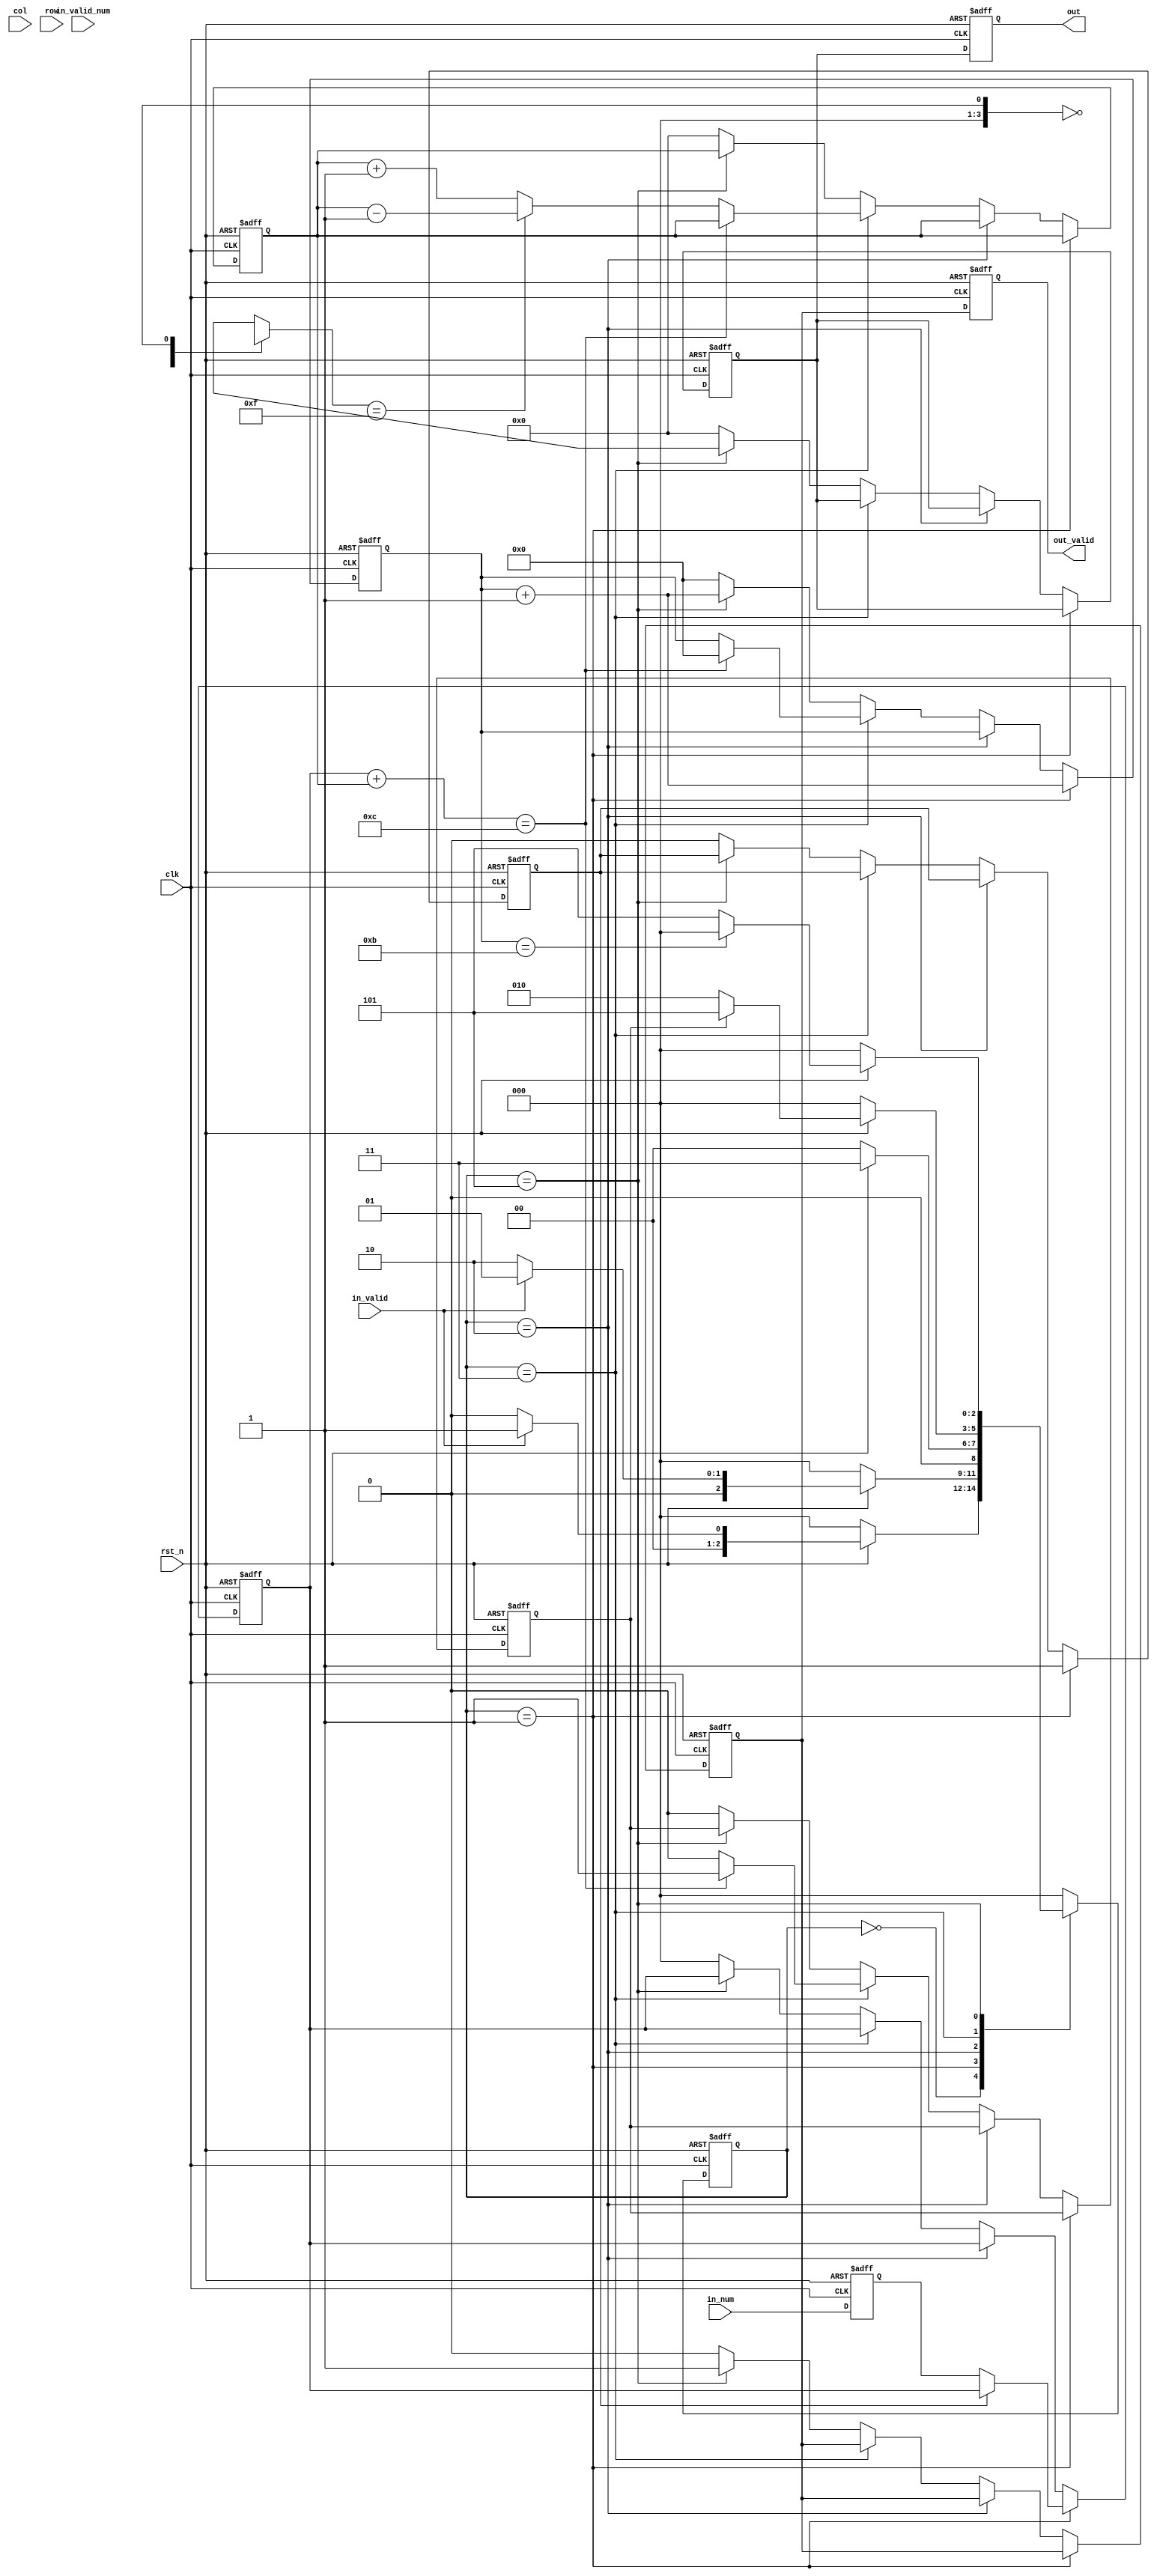
module QUEEN(
    //Input Port
    clk,
    rst_n,

    in_valid,
    col,
    row,

    in_valid_num,
    in_num,

    out_valid,
    out,

    );

input               clk, rst_n, in_valid,in_valid_num;
input       [3:0]   col,row;
input       [2:0]   in_num;

output reg          out_valid;
output reg  [3:0]   out;

//==============================================//
//             Parameter and Integer            //
//==============================================//

parameter idle = 3'd0;
parameter init = 3'd1;
parameter dots = 3'd2;
parameter find = 3'd3;
parameter over = 3'd5;

//==============================================//
//                 reg declaration              //
//==============================================//

reg [2:0] cst, nst;
reg [11:0] mdot [11:0]; // dot map
reg rfok; // state find ok 1: go dots, 2: go back, 3: go over;
reg rinok; // if input number is fix
reg bakf;
reg [31:0] r0;
reg [3:0] ricol;
reg [3:0] rirow;
reg [2:0] rinum;
reg roval;
reg [3:0] roout;
reg [3:0] icol [5:0]; // input data
reg [3:0] irow [5:0];
reg [2:0] inum; // input number
reg [3:0] pcol [10:0]; // position
reg [3:0] prow [10:0];
reg [3:0] pnum; // position counter
reg [3:0] rdot [11:0]; // additional dots 
wire [3:0] w0 [11:0];
wire [3:0] wfz;
wire [23:0] wicol;
wire [23:0] wirow;
wire [43:0] wpcol;
wire [43:0] wprow;
wire [47:0] wrdot;
wire [3:0] wrtoo [11:0];
wire [3:0] wover;
wire [3:0] wpnso;

//==============================================//
//            FSM State Declaration             //
//==============================================//
//current_state

//next_state

always @(posedge clk or negedge rst_n) begin
    if(!rst_n) begin
        cst <= idle; // reset everything
        ricol <= 4'b0;
        rirow <= 4'b0;
        rinum <= 3'b0;
        out_valid <= 1'b0;
        out <= 4'b0;
    end
    else begin
        cst <= nst;
        ricol <= col;
        rirow <= row;
        rinum <= in_num;
        out_valid <= roval;
        out <= roout;
    end
end

always @(*) begin
    case(cst)
    idle:
    if(!rst_n) begin
        nst <= idle;
    end
    else if(in_valid) begin
        nst <= init;
    end
    else begin
        nst <= idle;
    end

    init:
    if(!rst_n) begin
        nst <= idle;
    end
    else if(in_valid) begin
        nst <= init;
    end
    else begin
        nst <= dots;
    end

    dots:
    if(!rst_n) begin
        nst <= idle;
    end
    else begin
        nst <= find;
    end

    find:
    if(!rst_n) begin
        nst <= idle;
    end
    else if(rfok) begin 
        nst <= over;
    end
    else begin
        nst <= dots;
    end

    over:
    if(!rst_n) begin
        nst <= idle;
    end
    else if(r0 == 4'd11) begin
        nst <= idle;
    end
    else begin
        nst <= over;
    end

    default:
    nst <= idle;
    endcase
end

always @(posedge clk or negedge rst_n) begin
    if(!rst_n) begin
        mdot[0] <= 12'b0; mdot[1] <= 12'b0; mdot[2] <= 12'b0; mdot[3] <= 12'b0;
        mdot[4] <= 12'b0; mdot[5] <= 12'b0; mdot[6] <= 12'b0; mdot[7] <= 12'b0;
        mdot[8] <= 12'b0; mdot[9] <= 12'b0; mdot[10] <= 12'b0; mdot[11] <= 12'b0;
        rfok <= 1'b0;
        rinok <= 1'b0;
        bakf <= 1'b0;
        r0 <= 32'b0;
        icol[0] <= 4'd15; icol[1] <= 4'd15; icol[2] <= 4'd15;
        icol[3] <= 4'd15; icol[4] <= 4'd15; icol[5] <= 4'd15;
        irow[0] <= 4'd15; irow[1] <= 4'd15; irow[2] <= 4'd15;
        irow[3] <= 4'd15; irow[4] <= 4'd15; irow[5] <= 4'd15;
        inum <= 3'b0;
        pcol[0] <= 4'd15; pcol[1] <= 4'd15; pcol[2] <= 4'd15; pcol[3] <= 4'd15;
        pcol[4] <= 4'd15; pcol[5] <= 4'd15; pcol[6] <= 4'd15; pcol[7] <= 4'd15;
        pcol[8] <= 4'd15; pcol[9] <= 4'd15; pcol[10] <= 4'd15;
        prow[0] <= 4'd15; prow[1] <= 4'd15; prow[2] <= 4'd15; prow[3] <= 4'd15;
        prow[4] <= 4'd15; prow[5] <= 4'd15; prow[6] <= 4'd15; prow[7] <= 4'd15;
        prow[8] <= 4'd15; prow[9] <= 4'd15; prow[10] <= 4'd15;
        pnum <= 4'b0;
        rdot[0] <= 4'b0; rdot[1] <= 4'b0; rdot[2] <= 4'b0; rdot[3] <= 4'b0;
        rdot[4] <= 4'b0; rdot[5] <= 4'b0; rdot[6] <= 4'b0; rdot[7] <= 4'b0;
        rdot[8] <= 4'b0; rdot[9] <= 4'b0; rdot[10] <= 4'b0; rdot[11] <= 4'b0;
        roval <= 1'b0;
        roout <= 4'b0;
    end
    else if(cst == init) begin
        if(rinok) ;
        else begin
            inum <= rinum;
            r0 <= 32'd0;
            rinok <= 1'b1;
        end
        icol[r0] <= ricol;
        irow[r0] <= rirow;
        r0 <= r0 + 32'd1;
    end
    else if(cst == dots) begin
        mdot[0] <= rtom0.wout[11:0];
        mdot[1] <= rtom0.wout[23:12];
        mdot[2] <= rtom0.wout[35:24];
        mdot[3] <= rtom0.wout[47:36];
        mdot[4] <= rtom0.wout[59:48];
        mdot[5] <= rtom0.wout[71:60];
        mdot[6] <= rtom0.wout[83:72];
        mdot[7] <= rtom0.wout[95:84];
        mdot[8] <= rtom0.wout[107:96];
        mdot[9] <= rtom0.wout[119:108];
        mdot[10] <= rtom0.wout[131:120];
        mdot[11] <= rtom0.wout[143:132];
    end
    else if(cst == find) begin
        if(wover == 4'd12) begin
                r0 <= 32'd0;
                rfok <= 1'b1;
        end
        else if(wfz == 4'd15) begin
            rdot[pcol[wpnso]] <= (rdot[pcol[wpnso]] + 4'b1);
            rdot[pcol[pnum]] <= (bakf)?4'b0:rdot[pcol[pnum]];
            pnum <= wpnso;
            bakf <= 1'b1;
            rfok <= 1'b0;
        end
        else begin
            pcol[pnum] <= fz0.n0;
            prow[pnum] <= wfz;
            pnum <= pnum + 1;
            rfok <= 1'b0;
            bakf <= 1'b0;
        end
    end
    else if (cst == over) begin
        roval <= 1'b1;
        r0 <= r0 + 32'b1;
        roout <= wrtoo[r0];
    end
    else begin
        rfok <= 1'b0;
        rinok <= 1'b0;
        bakf <= 1'b0;
        r0 <= 32'b0;
        icol[0] <= 4'd15; icol[1] <= 4'd15; icol[2] <= 4'd15;
        icol[3] <= 4'd15; icol[4] <= 4'd15; icol[5] <= 4'd15;
        irow[0] <= 4'd15; irow[1] <= 4'd15; irow[2] <= 4'd15;
        irow[3] <= 4'd15; irow[4] <= 4'd15; irow[5] <= 4'd15;
        inum <= 3'b0;
        pcol[0] <= 4'd15; pcol[1] <= 4'd15; pcol[2] <= 4'd15; pcol[3] <= 4'd15;
        pcol[4] <= 4'd15; pcol[5] <= 4'd15; pcol[6] <= 4'd15; pcol[7] <= 4'd15;
        pcol[8] <= 4'd15; pcol[9] <= 4'd15; pcol[10] <= 4'd15;
        prow[0] <= 4'd15; prow[1] <= 4'd15; prow[2] <= 4'd15; prow[3] <= 4'd15;
        prow[4] <= 4'd15; prow[5] <= 4'd15; prow[6] <= 4'd15; prow[7] <= 4'd15;
        prow[8] <= 4'd15; prow[9] <= 4'd15; prow[10] <= 4'd15;
        pnum <= 4'b0;
        rdot[0] <= 4'b0; rdot[1] <= 4'b0; rdot[2] <= 4'b0; rdot[3] <= 4'b0;
        rdot[4] <= 4'b0; rdot[5] <= 4'b0; rdot[6] <= 4'b0; rdot[7] <= 4'b0;
        rdot[8] <= 4'b0; rdot[9] <= 4'b0; rdot[10] <= 4'b0; rdot[11] <= 4'b0;
        roval <= 1'b0;
        roout <= 4'b0;
    end
end

//==============================================//
//                  Input Block                 //
//==============================================//

ptom rtom0(.wicol(wicol), .wirow(wirow), .inum(inum), .wpcol(wpcol), .wprow(wprow), .pnum(pnum), .wrdot(wrdot), .wout());
ptor ptor0(.wicol(wicol), .inum(inum), .wpcol(wpcol), .pnum(pnum), .rcol());
fz fz0(.rc(ptor0.rcol), .n0());
genvar i10;
generate
    for(i10 = 0; i10 < 12; i10 = i10+1) begin: fl10
        fz fz1(.rc(mdot[i10]), .n0());
        assign w0[i10] = fz1.n0;
    end
endgenerate
assign wfz = w0[fz0.n0];
ptoo rtoo0(.wicol(wicol), .wirow(wirow), .inum(inum), .wpcol(wpcol), .wprow(wprow), .pnum(pnum), .wout());
assign wicol[3:0]   = icol[0]; assign wicol[7:4]   = icol[1]; assign wicol[11:8]  = icol[2];
assign wicol[15:12] = icol[3]; assign wicol[19:16] = icol[4]; assign wicol[23:20] = icol[5];
assign wirow[3:0]   = irow[0]; assign wirow[7:4]   = irow[1]; assign wirow[11:8]  = irow[2];
assign wirow[15:12] = irow[3]; assign wirow[19:16] = irow[4]; assign wirow[23:20] = irow[5];
assign wpcol[3:0]   = pcol[0]; assign wpcol[7:4]   = pcol[1]; assign wpcol[11:8]  = pcol[2]; assign wpcol[15:12] = pcol[3];
assign wpcol[19:16] = pcol[4]; assign wpcol[23:20] = pcol[5]; assign wpcol[27:24] = pcol[6]; assign wpcol[31:28] = pcol[7];
assign wpcol[35:32] = pcol[8]; assign wpcol[39:36] = pcol[9]; assign wpcol[43:40] = pcol[10];
assign wprow[3:0]   = prow[0]; assign wprow[7:4]   = prow[1]; assign wprow[11:8]  = prow[2]; assign wprow[15:12] = prow[3];
assign wprow[19:16] = prow[4]; assign wprow[23:20] = prow[5]; assign wprow[27:24] = prow[6]; assign wprow[31:28] = prow[7];
assign wprow[35:32] = prow[8]; assign wprow[39:36] = prow[9]; assign wprow[43:40] = prow[10];
assign wrdot[3:0]   = rdot[0]; assign wrdot[7:4]   = rdot[1]; assign wrdot[11:8]  = rdot[2]; assign wrdot[15:12] = rdot[3];
assign wrdot[19:16] = rdot[4]; assign wrdot[23:20] = rdot[5]; assign wrdot[27:24] = rdot[6]; assign wrdot[31:28] = rdot[7];
assign wrdot[35:32] = rdot[8]; assign wrdot[39:36] = rdot[9]; assign wrdot[43:40] = rdot[10]; assign wrdot[47:44] = rdot[11];
assign wrtoo[0] = rtoo0.wout[3:0]; assign wrtoo[1] =   rtoo0.wout[7:4]; assign wrtoo[2] =  rtoo0.wout[11:8]; assign wrtoo[3] = rtoo0.wout[15:12];
assign wrtoo[4] = rtoo0.wout[19:16]; assign wrtoo[5] = rtoo0.wout[23:20]; assign wrtoo[6] = rtoo0.wout[27:24]; assign wrtoo[7] = rtoo0.wout[31:28];
assign wrtoo[8] = rtoo0.wout[35:32]; assign wrtoo[9] = rtoo0.wout[39:36]; assign wrtoo[10] = rtoo0.wout[43:40]; assign wrtoo[11] = rtoo0.wout[47:44];
assign wover = {1'b0, inum} + pnum;
assign wpnso = pnum - 4'b1;
//GOOD LUCKY

endmodule 

module fz(rc, n0);
input wire [11:0] rc;
output reg [3:0] n0;

always @(*) begin
if(!rc[0])      n0 <= 4'd0;
else if(!rc[1]) n0 <= 4'd1;
else if(!rc[2]) n0 <= 4'd2;
else if(!rc[3]) n0 <= 4'd3;
else if(!rc[4]) n0 <= 4'd4;
else if(!rc[5]) n0 <= 4'd5;
else if(!rc[6]) n0 <= 4'd6;
else if(!rc[7]) n0 <= 4'd7;
else if(!rc[8]) n0 <= 4'd8;
else if(!rc[9]) n0 <= 4'd9;
else if(!rc[10]) n0 <= 4'd10;
else if(!rc[11]) n0 <= 4'd11;
else            n0 <= 4'd15;
end
endmodule

module ptor(wicol, inum, wpcol, pnum, rcol);
input wire [23:0] wicol;
input wire [43:0] wpcol;
input wire [2:0] inum;
input wire [3:0] pnum;
output wire [11:0] rcol;

wire [6:0] w0;
wire [11:0] w1;
wire [3:0] icol [5:0];
wire [3:0] pcol [10:0];
assign w0 = (7'b1 << inum) - 1; // decode
assign w1 = (11'b1 << pnum) - 1;
assign icol[0] =   wicol[3:0]; assign icol[1] =   wicol[7:4]; assign icol[2] =  wicol[11:8];
assign icol[3] = wicol[15:12]; assign icol[4] = wicol[19:16]; assign icol[5] = wicol[23:20];
assign pcol[0] =   wpcol[3:0]; assign pcol[1] =   wpcol[7:4]; assign pcol[2] =  wpcol[11:8]; assign pcol[3] = wpcol[15:12];
assign pcol[4] = wpcol[19:16]; assign pcol[5] = wpcol[23:20]; assign pcol[6] = wpcol[27:24]; assign pcol[7] = wpcol[31:28];
assign pcol[8] = wpcol[35:32]; assign pcol[9] = wpcol[39:36]; assign pcol[10] = wpcol[43:40];
genvar i0, i1, i2;
generate
    for(i0 = 0; i0 < 12; i0 = i0+1) begin: ptor_fl0
        wire [5:0] w2;
        wire [10:0] w3;
        for(i1 = 0; i1 < 6; i1 = i1+1) begin: ptor_fl1
            assign w2[i1] = (icol[i1] == i0) && w0[i1];
        end
        for(i2 = 0; i2 < 11; i2 = i2+1) begin: ptor_fl2
            assign w3[i2] = (pcol[i2] == i0) && w1[i2];
        end
        assign rcol[i0] = w2[0]||w2[1]||w2[2]||w2[3]||w2[4]||w2[5]||w3[0]||w3[1]||w3[2]||w3[3]||w3[4]||w3[5]||w3[6]||w3[7]||w3[8]||w3[9]||w3[10];
    end
endgenerate
endmodule

module ptoo(wicol, wirow, inum, wpcol, wprow, pnum, wout);
input wire [23:0] wirow, wicol;
input wire [43:0] wprow, wpcol;
input wire [2:0] inum;
input wire [3:0] pnum;
output wire [47:0] wout;

wire [3:0] icol [5:0];
wire [3:0] irow [5:0];
wire [3:0] pcol [10:0];
wire [3:0] prow [10:0];
wire [3:0] rout [11:0];
assign icol[0] =   wicol[3:0]; assign icol[1] =   wicol[7:4]; assign icol[2] =  wicol[11:8];
assign icol[3] = wicol[15:12]; assign icol[4] = wicol[19:16]; assign icol[5] = wicol[23:20];
assign irow[0] =   wirow[3:0]; assign irow[1] =   wirow[7:4]; assign irow[2] =  wirow[11:8];
assign irow[3] = wirow[15:12]; assign irow[4] = wirow[19:16]; assign irow[5] = wirow[23:20];
assign pcol[0] =   wpcol[3:0]; assign pcol[1] =   wpcol[7:4]; assign pcol[2] =  wpcol[11:8]; assign pcol[3] = wpcol[15:12];
assign pcol[4] = wpcol[19:16]; assign pcol[5] = wpcol[23:20]; assign pcol[6] = wpcol[27:24]; assign pcol[7] = wpcol[31:28];
assign pcol[8] = wpcol[35:32]; assign pcol[9] = wpcol[39:36]; assign pcol[10] = wpcol[43:40];
assign prow[0] =   wprow[3:0]; assign prow[1] =   wprow[7:4]; assign prow[2] =  wprow[11:8]; assign prow[3] = wprow[15:12];
assign prow[4] = wprow[19:16]; assign prow[5] = wprow[23:20]; assign prow[6] = wprow[27:24]; assign prow[7] = wprow[31:28];
assign prow[8] = wprow[35:32]; assign prow[9] = wprow[39:36]; assign prow[10] = wprow[43:40];
assign wout[3:0]   = rout[0]; assign wout[7:4]   = rout[1]; assign wout[11:8]  = rout[2]; assign wout[15:12] = rout[3];
assign wout[19:16] = rout[4]; assign wout[23:20] = rout[5]; assign wout[27:24] = rout[6]; assign wout[31:28] = rout[7];
assign wout[35:32] = rout[8]; assign wout[39:36] = rout[9]; assign wout[43:40] = rout[10]; assign wout[47:44] = rout[11];
wire [6:0] w0;
wire [11:0] w1;
reg [11:0] m0 [11:0];
assign w0 = (7'b1 << inum) - 1; // decode
assign w1 = (11'b1 << pnum) - 1;
genvar i3, i4;
generate
    for(i3 = 0; i3 < 12; i3 = i3+1) begin: rtoo_fl3
        wire [3:0] wm [11:0];
        for(i4 = 0; i4 < 12; i4 = i4+1) begin: rtoo_fl4
            always @(*) begin
            if     (i3 == icol[0] && i4 == irow[0] && w0[0]) m0[i3][i4] <= 1'b1;
            else if(i3 == icol[1] && i4 == irow[1] && w0[1]) m0[i3][i4] <= 1'b1;
            else if(i3 == icol[2] && i4 == irow[2] && w0[2]) m0[i3][i4] <= 1'b1;
            else if(i3 == icol[3] && i4 == irow[3] && w0[3]) m0[i3][i4] <= 1'b1;
            else if(i3 == icol[4] && i4 == irow[4] && w0[4]) m0[i3][i4] <= 1'b1;
            else if(i3 == icol[5] && i4 == irow[5] && w0[5]) m0[i3][i4] <= 1'b1;
            else if(i3 == pcol[0] && i4 == prow[0] && w1[0]) m0[i3][i4] <= 1'b1;
            else if(i3 == pcol[1] && i4 == prow[1] && w1[1]) m0[i3][i4] <= 1'b1;
            else if(i3 == pcol[2] && i4 == prow[2] && w1[2]) m0[i3][i4] <= 1'b1;
            else if(i3 == pcol[3] && i4 == prow[3] && w1[3]) m0[i3][i4] <= 1'b1;
            else if(i3 == pcol[4] && i4 == prow[4] && w1[4]) m0[i3][i4] <= 1'b1;
            else if(i3 == pcol[5] && i4 == prow[5] && w1[5]) m0[i3][i4] <= 1'b1;
            else if(i3 == pcol[6] && i4 == prow[6] && w1[6]) m0[i3][i4] <= 1'b1;
            else if(i3 == pcol[7] && i4 == prow[7] && w1[7]) m0[i3][i4] <= 1'b1;
            else if(i3 == pcol[8] && i4 == prow[8] && w1[8]) m0[i3][i4] <= 1'b1;
            else if(i3 == pcol[9] && i4 == prow[9] && w1[9]) m0[i3][i4] <= 1'b1;
            else if(i3 == pcol[10] && i4 == prow[10] && w1[10]) m0[i3][i4] <= 1'b1;
            else m0[i3][i4] <= 1'b0;
            end
            assign wm[i4] = (m0[i3][i4])?i4:4'b0; // encode
        end
        assign rout[i3] = wm[0]|wm[1]|wm[2]|wm[3]|wm[4]|wm[5]|wm[6]|wm[7]|wm[8]|wm[9]|wm[10]|wm[11];
    end
endgenerate
endmodule

module ptom(wicol, wirow, inum, wpcol, wprow, pnum, wrdot, wout);
input wire [23:0] wirow, wicol;
input wire [43:0] wprow, wpcol;
input wire [2:0] inum;
input wire [3:0] pnum;
input wire [47:0] wrdot;
output wire [143:0] wout;

wire [3:0] icol [5:0];
wire [3:0] irow [5:0];
wire [3:0] pcol [10:0];
wire [3:0] prow [10:0];
wire [3:0] rdot [11:0];
wire [11:0] rout [11:0];
assign icol[0] =   wicol[3:0]; assign icol[1] =   wicol[7:4]; assign icol[2] =  wicol[11:8];
assign icol[3] = wicol[15:12]; assign icol[4] = wicol[19:16]; assign icol[5] = wicol[23:20];
assign irow[0] =   wirow[3:0]; assign irow[1] =   wirow[7:4]; assign irow[2] =  wirow[11:8];
assign irow[3] = wirow[15:12]; assign irow[4] = wirow[19:16]; assign irow[5] = wirow[23:20];
assign pcol[0] =   wpcol[3:0]; assign pcol[1] =   wpcol[7:4]; assign pcol[2] =  wpcol[11:8]; assign pcol[3] = wpcol[15:12];
assign pcol[4] = wpcol[19:16]; assign pcol[5] = wpcol[23:20]; assign pcol[6] = wpcol[27:24]; assign pcol[7] = wpcol[31:28];
assign pcol[8] = wpcol[35:32]; assign pcol[9] = wpcol[39:36]; assign pcol[10] = wpcol[43:40];
assign prow[0] =   wprow[3:0]; assign prow[1] =   wprow[7:4]; assign prow[2] =  wprow[11:8]; assign prow[3] = wprow[15:12];
assign prow[4] = wprow[19:16]; assign prow[5] = wprow[23:20]; assign prow[6] = wprow[27:24]; assign prow[7] = wprow[31:28];
assign prow[8] = wprow[35:32]; assign prow[9] = wprow[39:36]; assign prow[10] = wprow[43:40];
assign rdot[0] =   wrdot[3:0]; assign rdot[1] =   wrdot[7:4]; assign rdot[2] =  wrdot[11:8]; assign rdot[3] = wrdot[15:12];
assign rdot[4] = wrdot[19:16]; assign rdot[5] = wrdot[23:20]; assign rdot[6] = wrdot[27:24]; assign rdot[7] = wrdot[31:28];
assign rdot[8] = wrdot[35:32]; assign rdot[9] = wrdot[39:36]; assign rdot[10] = wrdot[43:40]; assign rdot[11] = wrdot[47:44];
assign wout[11:0]   = rout[0]; assign wout[23:12]   = rout[1]; assign wout[35:24]   = rout[2]; assign wout[47:36]    = rout[3];
assign wout[59:48]  = rout[4]; assign wout[71:60]   = rout[5]; assign wout[83:72]   = rout[6]; assign wout[95:84]    = rout[7];
assign wout[107:96] = rout[8]; assign wout[119:108] = rout[9]; assign wout[131:120] = rout[10]; assign wout[143:132] = rout[11];
wire [6:0] w0;
wire [11:0] w1;
assign w0 = (7'b1 << inum) - 1; // decode
assign w1 = (11'b1 << pnum) - 1;
genvar i5, i6, i7, i8, i9;
generate
    for(i5 = 0; i5 < 12; i5 = i5+1) begin: rtom_fl5
        wire [11:0] mw [11:0];
        for(i6 = 0; i6 < 12; i6 = i6+1) begin: rtom_fl6
            wire [5:0] w2;
            wire [10:0] w3;
            for(i7 = 0; i7 < 6; i7 = i7+1) begin: rtom_fl7
                wire [4:0] w4;
                wire [4:0] w5;
                assign w4 = {1'b0, icol[i7]} - i5;
                assign w5 = {1'b0, irow[i7]} - i6;
                abs5 ac(.wi(w4), .wo());
                abs5 ar(.wi(w5), .wo());
                assign w2[i7] = ((i5 == icol[i7])||(i6 == irow[i7])||(ac.wo == ar.wo))&&w0[i7];
            end
            for(i8 = 0; i8 < 11; i8 = i8+1) begin: rtom_fl8
                wire [4:0] w6;
                wire [4:0] w7;
                assign w6 = {1'b0, pcol[i8]} - i5;
                assign w7 = {1'b0, prow[i8]} - i6;
                abs5 ac(.wi(w6), .wo());
                abs5 ar(.wi(w7), .wo());
                assign w3[i8] = ((i5 == pcol[i8])||(i6 == prow[i8])||(ac.wo == ar.wo))&&w1[i8];
            end
            assign mw[0][i6] = w2[0]||w2[1]||w2[2]||w2[3]||w2[4]||w2[5]||w3[0]||w3[1]||w3[2]||w3[3]||w3[4]||w3[5]||w3[6]||w3[7]||w3[8]||w3[9]||w3[10];
        end
        for(i9 = 0; i9 < 11; i9 = i9+1) begin: rtom_fl9
            filz filz0(.vi(mw[i9]), .vo());
            assign mw[i9+1] = filz0.vo;
        end
        assign rout[i5] = mw[rdot[i5]];
    end
endgenerate
endmodule

module abs5(wi, wo);
input wire [4:0] wi;
output wire [4:0] wo;
assign wo = (wi[4])?((~wi)+1):wi;
endmodule

module filz(vi, vo); // fill a zero
input wire [11:0] vi;
output wire [11:0] vo;
fz fz0(.rc(vi), .n0());
assign vo = (fz0.n0 == 4'd15)?(12'd4095):(vi | (12'b1 << fz0.n0));
endmodule